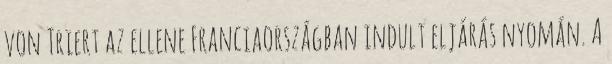
von Triert az ellene Franciaországban indult eljárás nyomán. A